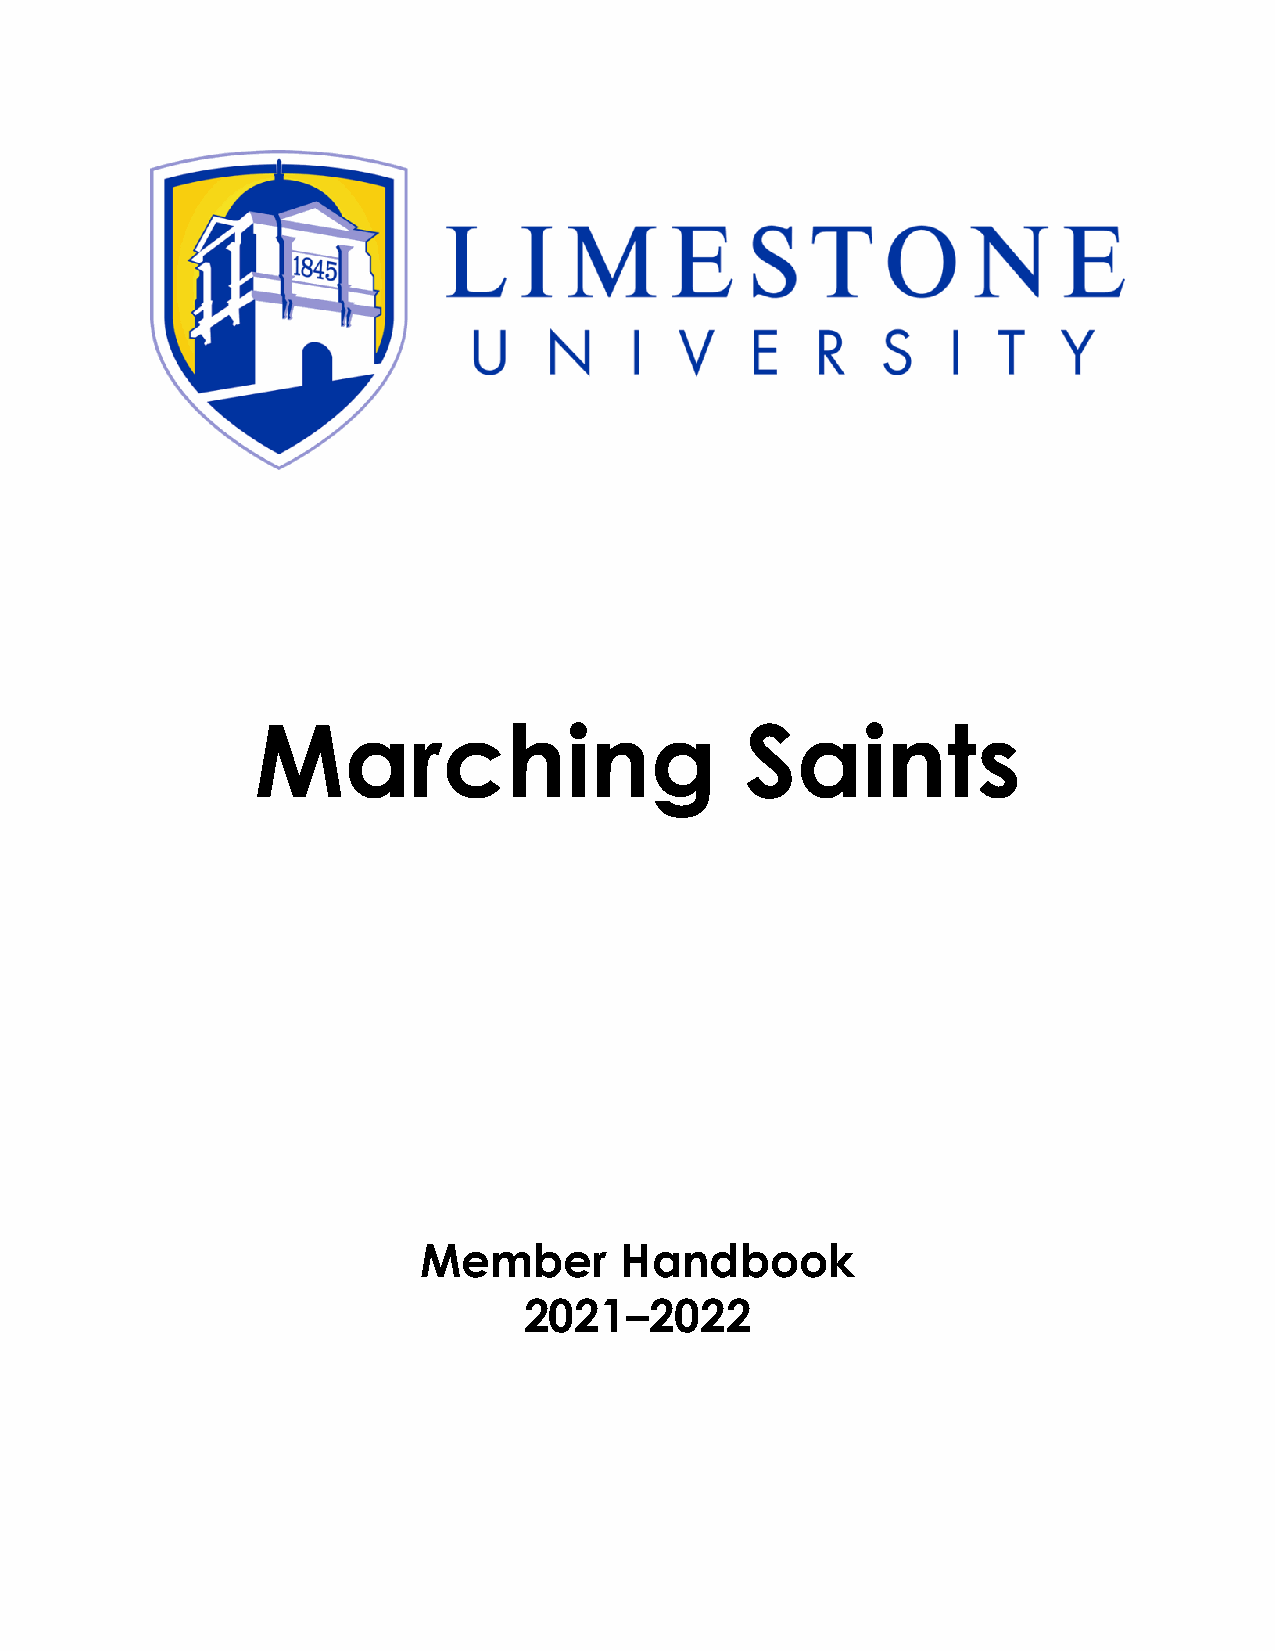
Marching                        Saints
 Member       Handbook
 2021–2022